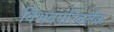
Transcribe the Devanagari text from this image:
विभवपरिवर्तक